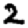
Digit: 2